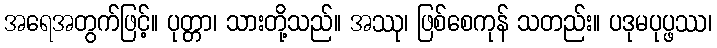
အရေအတွက်ဖြင့်။ ပုတ္တာ၊ သားတို့သည်။ အဿု၊ ဖြစ်စေကုန် သတည်း။ ပဒုမပုပ္ဖဿ၊